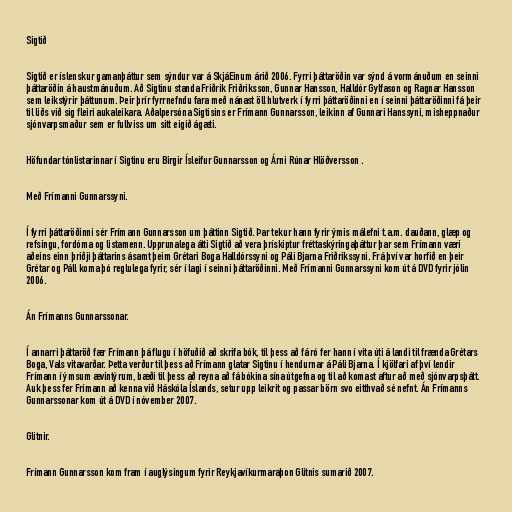
Sigtið

Sigtið er íslenskur gamanþáttur sem sýndur var á SkjáEinum árið 2006. Fyrri þáttaröðin var sýnd á vormánuðum en seinni
þáttaröðin á haustmánuðum. Að Sigtinu standa Friðrik Friðriksson, Gunnar Hansson, Halldór Gylfason og Ragnar Hansson
sem leikstýrir þáttunum. Þeir þrír fyrrnefndu fara með nánast öll hlutverk í fyrri þáttaröðinni en í seinni þáttaröðinni fá þeir
til liðs við sig fleiri aukaleikara. Aðalpersóna Sigtisins er Frímann Gunnarsson, leikinn af Gunnari Hanssyni, misheppnaður
sjónvarpsmaður sem er fullviss um sitt eigið ágæti.

Höfundar tónlistarinnar í Sigtinu eru Birgir Ísleifur Gunnarsson og Árni Rúnar Hlöðversson .

Með Frímanni Gunnarssyni.

Í fyrri þáttaröðinni sér Frímann Gunnarsson um þáttinn Sigtið. Þar tekur hann fyrir ýmis málefni t.a.m. dauðann, glæp og
refsingu, fordóma og listamenn. Upprunalega átti Sigtið að vera þrískiptur fréttaskýringaþáttur þar sem Frímann væri
aðeins einn þriðji þáttarins ásamt þeim Grétari Boga Halldórssyni og Páli Bjarna Friðrikssyni. Frá því var horfið en þeir
Grétar og Páll koma þó reglulega fyrir, sér í lagi í seinni þáttaröðinni. Með Frímanni Gunnarssyni kom út á DVD fyrir jólin
2006.

Án Frímanns Gunnarssonar.

Í annarri þáttaröð fær Frímann þá flugu í höfuðið að skrifa bók, til þess að fá ró fer hann í vita úti á landi til frænda Grétars
Boga, Vals vitavarðar. Þetta verður til þess að Frímann glatar Sigtinu í hendurnar á Páli Bjarna. Í kjölfari af því lendir
Frímann í ýmsum ævintýrum, bæði til þess að reyna að fá bókina sína útgefna og til að komast aftur að með sjónvarpsþátt.
Auk þess fer Frímann að kenna við Háskóla Íslands, setur upp leikrit og passar börn svo eitthvað sé nefnt. Án Frímanns
Gunnarssonar kom út á DVD í nóvember 2007.

Glitnir.

Frímann Gunnarsson kom fram í auglýsingum fyrir Reykjavíkurmaraþon Glitnis sumarið 2007.